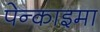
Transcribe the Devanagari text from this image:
पेन्काइमा